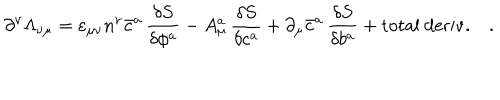
\partial ^ { \nu } \Lambda _ { \nu \mu } = \varepsilon _ { \mu \nu } n ^ { \nu } \bar { c } ^ { a } \, \frac { \delta S } { \delta \phi ^ { a } } - A _ { \mu } ^ { a } \, \frac { \delta S } { \delta c ^ { a } } + \partial _ { \mu } \bar { c } ^ { a } \, \frac { \delta S } { \delta b ^ { a } } + \mathrm { t o t a l ~ d e r i v . } \quad .